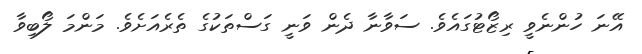
އޭނަ ހުންނެވީ ރިޒޯޓުގައެވެ. ސަވާނާ ދެން ވަނީ ގަސްތަކުގެ ތެރެއަށެވެ. މަންމަ ލޯބިވާ